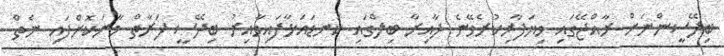
ބިދޭސީންނަށް ރާއްޖޭގައި ވިޔަފާރިކުރެވޭނެ ދާއިރާ ބިލްގައި ކަނޑައަޅާފައިވާއިރު ބިދޭސީ ފަރާތް މާނަކޮށްފައި ނެތް